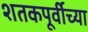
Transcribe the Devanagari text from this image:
शतकपूर्वीच्या